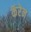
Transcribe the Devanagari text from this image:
कॅरेन